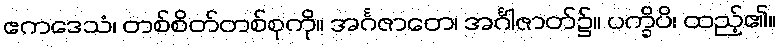
ဧကဒေသံ၊ တစ်စိတ်တစ်စုကို။ အင်္ဂဇာတေ၊ အင်္ဂါဇာတ်၌။ ပက္ခိပိ၊ ထည့်၏။